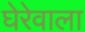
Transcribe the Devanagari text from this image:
घेरेवाला